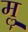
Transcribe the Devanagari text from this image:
मॣ